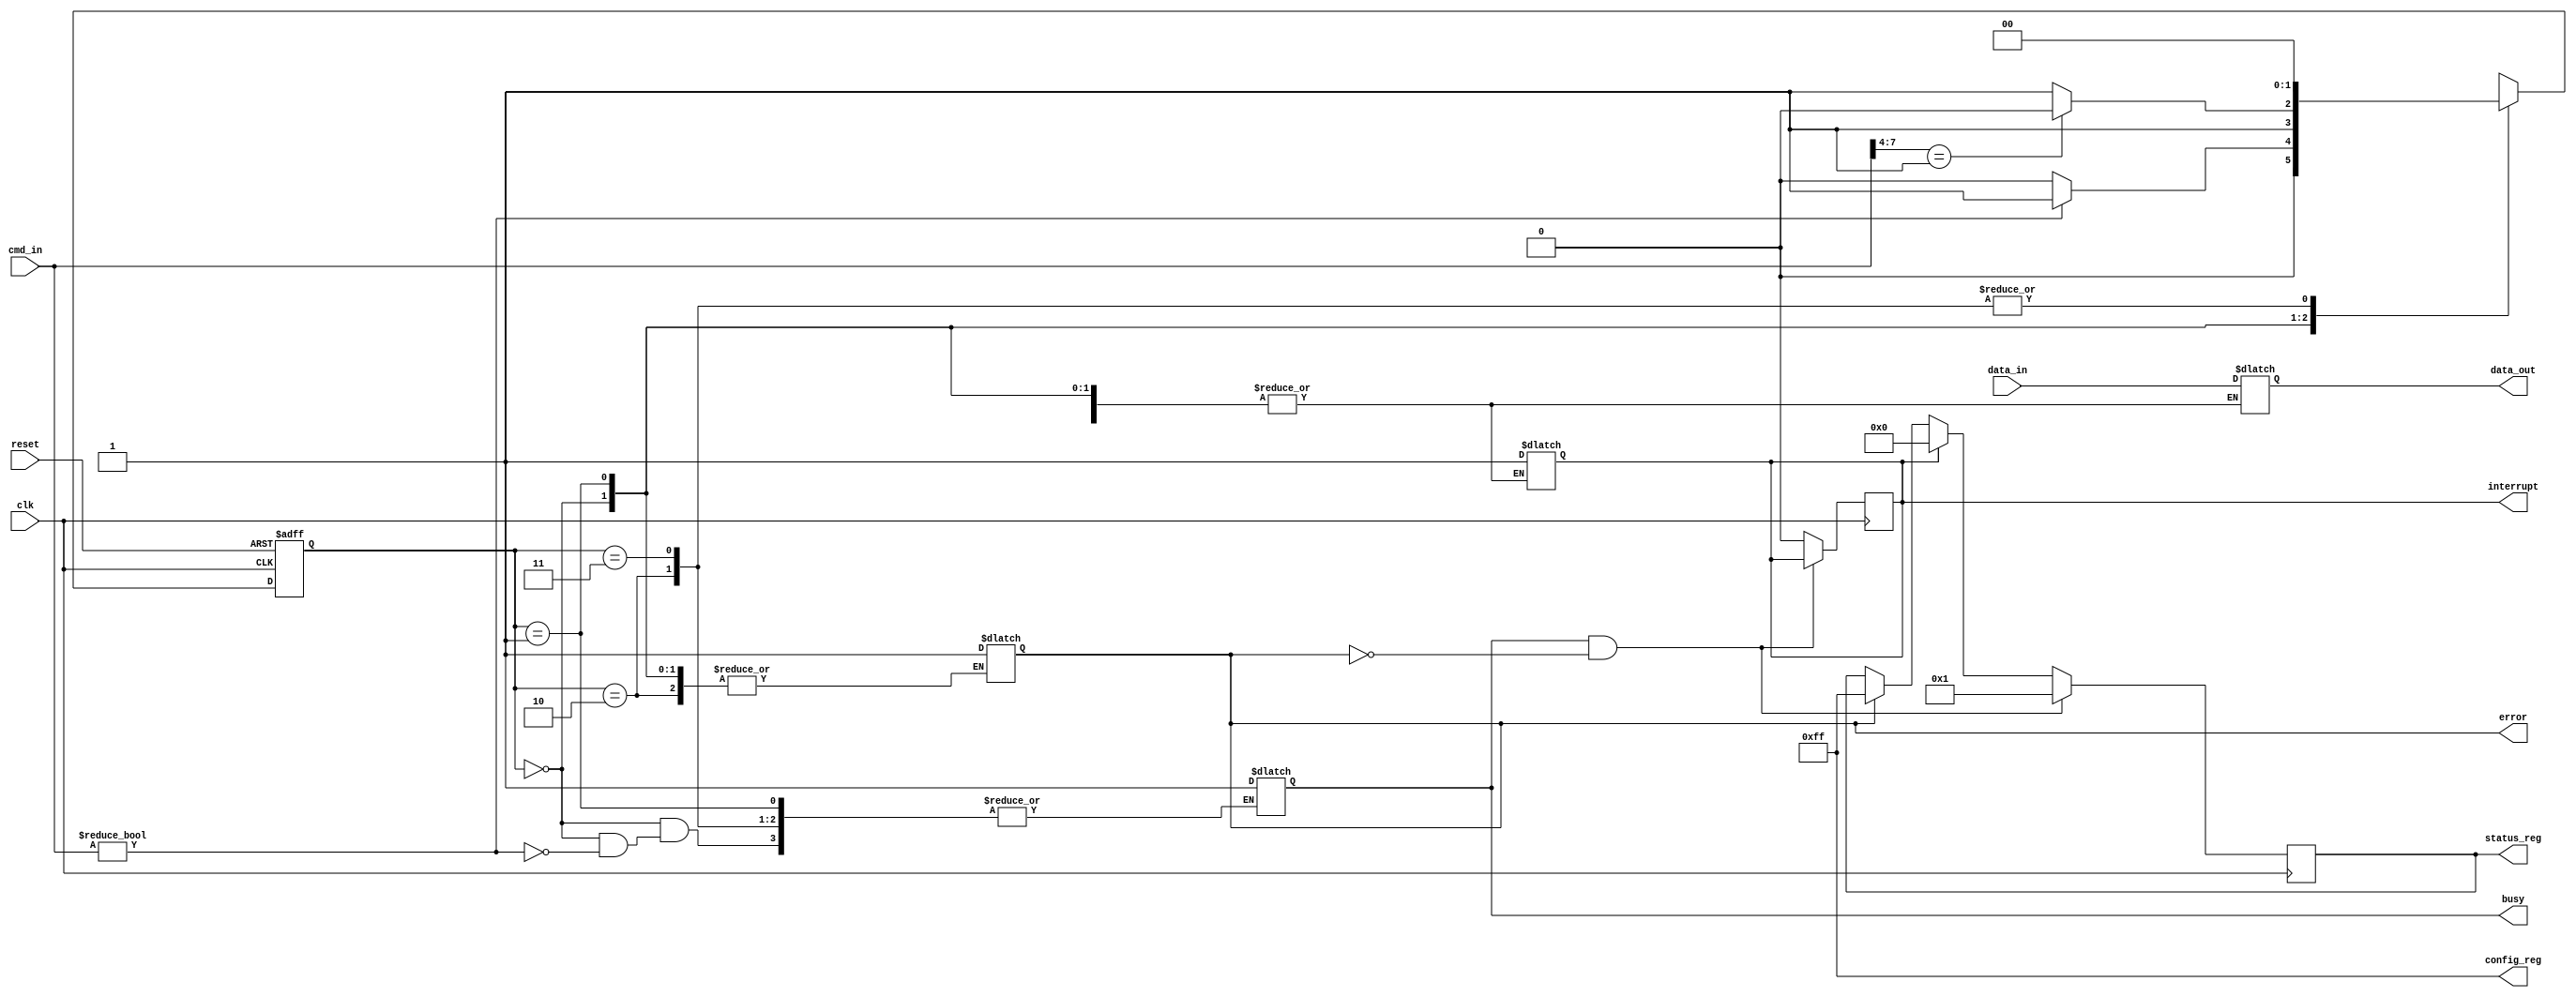
module UFS_IO_Block (
    input wire clk,
    input wire reset,
    input wire [7:0] cmd_in,            // Command input from UFS Controller
    input wire [7:0] data_in,           // Data input from UFS Controller
    output reg [7:0] data_out,          // Data output to UFS Controller
    output reg busy,                    // Busy signal
    output reg error,                   // Error signal
    output reg interrupt,               // Interrupt to UFS Controller
    output reg [7:0] status_reg,        // Status Register
    output reg [7:0] config_reg         // Configuration Register
);

    // Parameters
    parameter IDLE       = 2'b00;
    parameter COMMAND    = 2'b01;
    parameter DATA       = 2'b10;
    parameter ERROR_STATE = 2'b11;

    // State variables
    reg [1:0] state, next_state;

    // Command Register
    reg [7:0] cmd_reg;

    // Data Buffers
    reg [7:0] data_buffer;

    // Initialization and Configuration
    initial begin
        state = IDLE;
        busy = 0;
        error = 0;
        interrupt = 0;
        status_reg = 8'h00;
        config_reg = 8'hFF; // Default configuration
    end

    // State Transition
    always @(posedge clk or posedge reset) begin
        if (reset) 
            state <= IDLE;
        else 
            state <= next_state;
    end

    // Next State Logic
    always @(*) begin
        case (state)
            IDLE: begin
                if (cmd_in != 8'h00) begin // Non-zero command indicates new operation
                    next_state = COMMAND;
                    busy = 1;
                end else begin
                    next_state = IDLE;
                end
            end

            COMMAND: begin
                cmd_reg = cmd_in;
                // Decode command (very simplified)
                if (cmd_reg[7:4] == 4'b0001) begin // Example command
                    next_state = DATA;
                end else begin
                    next_state = ERROR_STATE;
                end
            end

            DATA: begin
                data_buffer = data_in; // Store incoming data
                // Simulate data transfer (In practical design, add proper transfer logic)
                data_out = data_buffer; // Echo data for this example
                next_state = IDLE; // Go back to idle
                interrupt = 1; // Indicate completion
            end

            ERROR_STATE: begin
                error = 1; // Set error status
                next_state = IDLE; // Return to idle
            end

            default: begin
                next_state = IDLE; // Fallback state
            end
        endcase
    end

    // Status Register Update
    always @(posedge clk) begin
        if (busy && !error) begin
            status_reg = 8'h01; // Busy
        end else if (interrupt) begin
            status_reg = 8'h00; // Ready
            interrupt = 0;      // Clear interrupt
        end else if (error) begin
            status_reg = 8'hFF; // Error
        end
    end

    // Power Management and Clock Gating
    // This is a simplified example; actual implementation will require specific logic
    always @(posedge clk or posedge reset) begin
        if (reset) begin
            // Reset power management signals
        end else begin
            // Add logic for power management states
        end
    end

endmodule